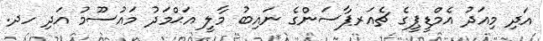
އަދި މިއަދު އެމްޑީޕީގެ ޗެއަރޕާސަންގެ ނައިބު މާލީ އަޙްމަދު މައުސޫމު އަދި ހދ.